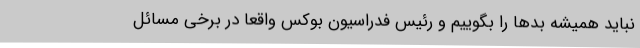
نباید همیشه بدها را بگوییم و رئیس فدراسیون بوکس واقعا در برخی مسائل